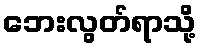
ဘေးလွတ်ရာသို့